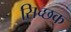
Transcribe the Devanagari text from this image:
सिच्‍छक